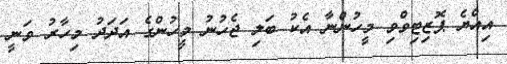
އިއްޔެ ޕޮޒިޓިވްވި މީހުންނާ އެކު ބަލި ޖެހުނު މީހުންގެ އަދަދު މިހާރު ވަނީ